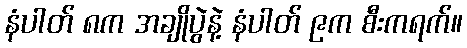
နံပါတ် ၈က အချိုပွဲနဲ့ နံပါတ် ၉က စီးကရက်။